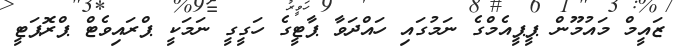
ޒައީމް މައުމޫން ޕީޕީއެމްގެ ނަމުގައި ހައްދަވާ ޕާޓީގެ ހަގީގީ ނަމަކީ ޕްރައިވެޓް ޕްރޮޕަޓީ